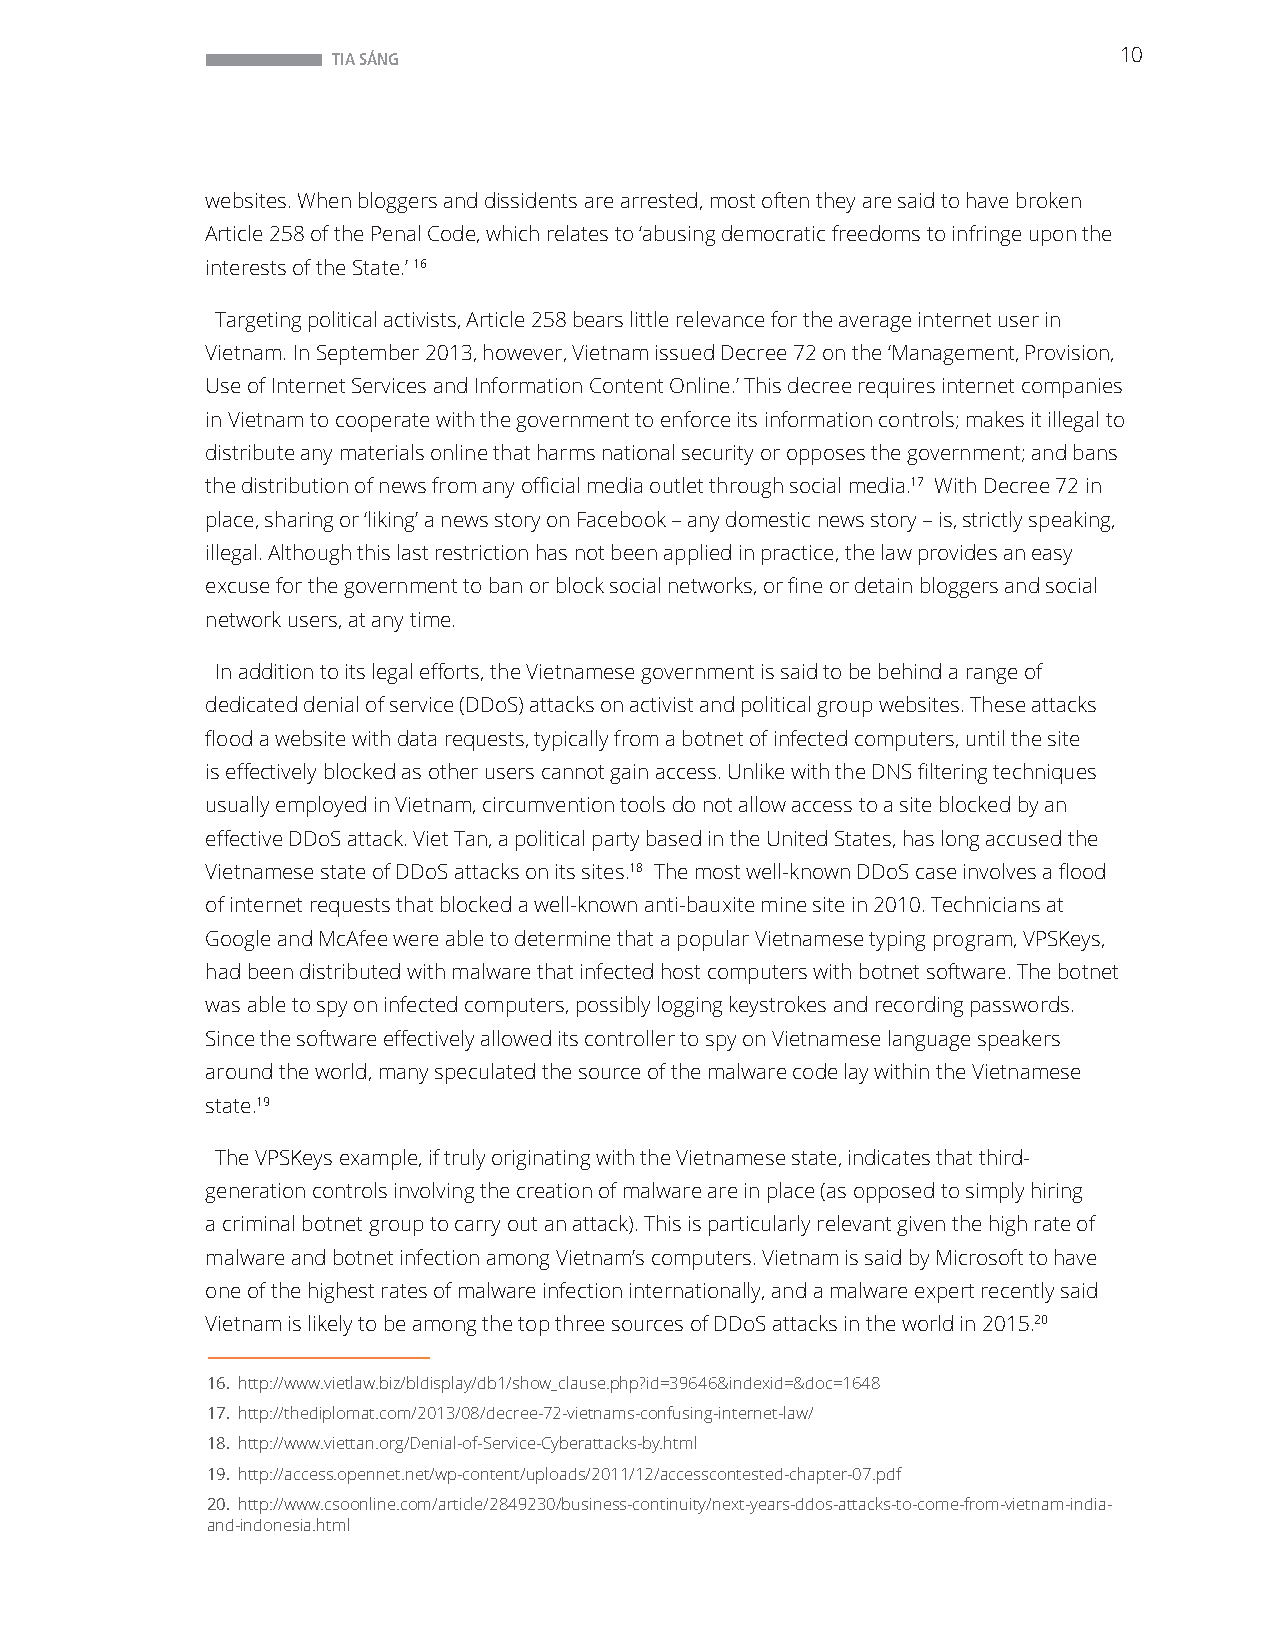
TIA SÁNG                                            10
 websites. When bloggers and dissidents are arrested, most often they are said to have broken
 Article 258 of the Penal Code, which relates to ‘abusing democratic freedoms to infringe upon the
 interests of the State.’ 16
 Targeting political activists, Article 258 bears little relevance for the average internet user in
 Vietnam. In September 2013, however, Vietnam issued Decree 72 on the ‘Management, Provision,
 Use of Internet Services and Information Content Online.’ This decree requires internet companies
 in Vietnam to cooperate with the government to enforce its information controls; makes it illegal to
 distribute any materials online that harms national security or opposes the government; and bans
 the distribution of news from any official media outlet through social media.17 With Decree 72 in
 place, sharing or ‘liking’ a news story on Facebook – any domestic news story – is, strictly speaking,
 illegal. Although this last restriction has not been applied in practice, the law provides an easy
 excuse for the government to ban or block social networks, or fine or detain bloggers and social
 network users, at any time.
 In addition to its legal efforts, the Vietnamese government is said to be behind a range of
 dedicated denial of service (DDoS) attacks on activist and political group websites. These attacks
 flood a website with data requests, typically from a botnet of infected computers, until the site
 is effectively blocked as other users cannot gain access. Unlike with the DNS filtering techniques
 usually employed in Vietnam, circumvention tools do not allow access to a site blocked by an
 effective DDoS attack. Viet Tan, a political party based in the United States, has long accused the
 Vietnamese state of DDoS attacks on its sites.18 The most well-known DDoS case involves a flood
 of internet requests that blocked a well-known anti-bauxite mine site in 2010. Technicians at
 Google and McAfee were able to determine that a popular Vietnamese typing program, VPSKeys,
 had been distributed with malware that infected host computers with botnet software. The botnet
 was able to spy on infected computers, possibly logging keystrokes and recording passwords.
 Since the software effectively allowed its controller to spy on Vietnamese language speakers
 around the world, many speculated the source of the malware code lay within the Vietnamese
 state.19
 The VPSKeys example, if truly originating with the Vietnamese state, indicates that third-
 generation controls involving the creation of malware are in place (as opposed to simply hiring
 a criminal botnet group to carry out an attack). This is particularly relevant given the high rate of
 malware and botnet infection among Vietnam’s computers. Vietnam is said by Microsoft to have
 one of the highest rates of malware infection internationally, and a malware expert recently said
 Vietnam is likely to be among the top three sources of DDoS attacks in the world in 2015.20
 16. http://www.vietlaw.biz/bldisplay/db1/show_clause.php?id=39646&indexid=&doc=1648
 17. http://thediplomat.com/2013/08/decree-72-vietnams-confusing-internet-law/
 18. http://www.viettan.org/Denial-of-Service-Cyberattacks-by.html
 19. http://access.opennet.net/wp-content/uploads/2011/12/accesscontested-chapter-07.pdf
 20. http://www.csoonline.com/article/2849230/business-continuity/next-years-ddos-attacks-to-come-from-vietnam-india-
 and-indonesia.html